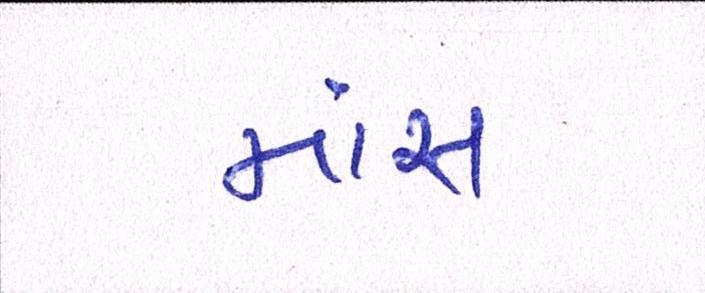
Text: માંસ